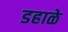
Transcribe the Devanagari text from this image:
डहाळे